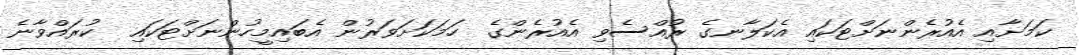
ކަމަށާއި އެއުރެންނަށްޓަކައި އެކަލާނގެ ރުއްސެވި އެއުރެންގެ  ހަމަކަށަވަރުން އެބައިމީހުންނަށްޓަކައި  ކުރައްވާނެ